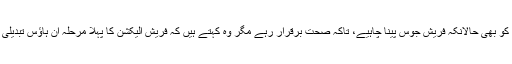
خواجہ آصف کو بھی حالانکہ فریش جوس پینا چاہیے، تاکہ صحت برقرار رہے مگر وہ کہتے ہیں کہ فریش الیکشن کا پہلا مرحلہ اِن ہاؤس تبدیلی ہونی چاہیے۔